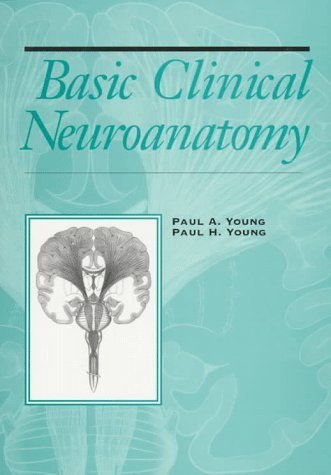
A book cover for Basic Clinical Neuroanatomy (Periodicals) 1st edition by Young, Paul A.; Young, Paul H. published by Lippincott Williams & Wilkins Hardcover; Medical Books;